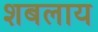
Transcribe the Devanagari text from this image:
शबलाय